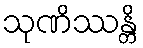
သုဏိဿန္တိ